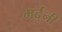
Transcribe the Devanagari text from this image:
मर्दुनी